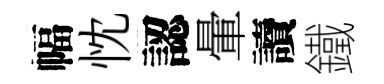
幅忱認暈讀鐵